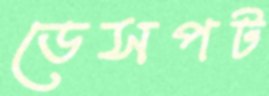
ডেসপট